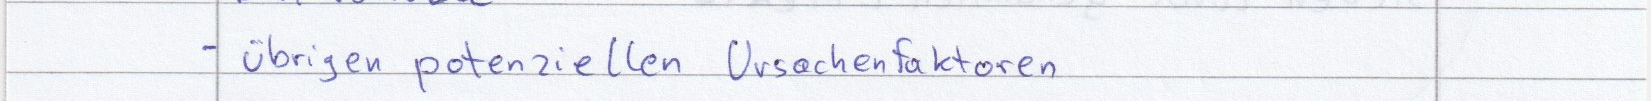
- übrigen potenziellen Ursachenfaktoren